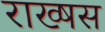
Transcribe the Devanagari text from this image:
राख्षस